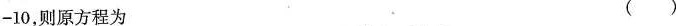
-10，则原方程为 ( )